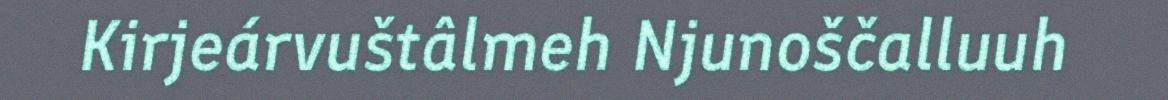
Kirjeárvuštâlmeh Njunoščalluuh